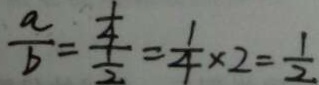
\frac { a } { b } = \frac { \frac { 1 } { 4 } } { \frac { 1 } { 2 } } = \frac { 1 } { 4 } \times 2 = \frac { 1 } { 2 }